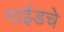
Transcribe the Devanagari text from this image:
गाईडचे